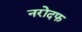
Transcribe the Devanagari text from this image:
नरोदफ